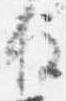
柱